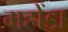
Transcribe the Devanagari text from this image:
महोंडा